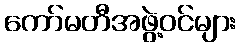
ကော်မတီအဖွဲ့ဝင်များ